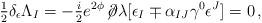
LaTeX: \begin{align*}{\textstyle\frac{1}{2}}\delta_{\epsilon}\Lambda_{I}=-{\textstyle\frac{i}{2}} e^{2\phi} \!\not\!\partial\lambda[\epsilon_{I}\mp\alpha_{IJ}\gamma^{0}\epsilon^{J}]= 0\, ,\end{align*}